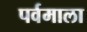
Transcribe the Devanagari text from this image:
पर्वमाला